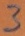
Text: 3